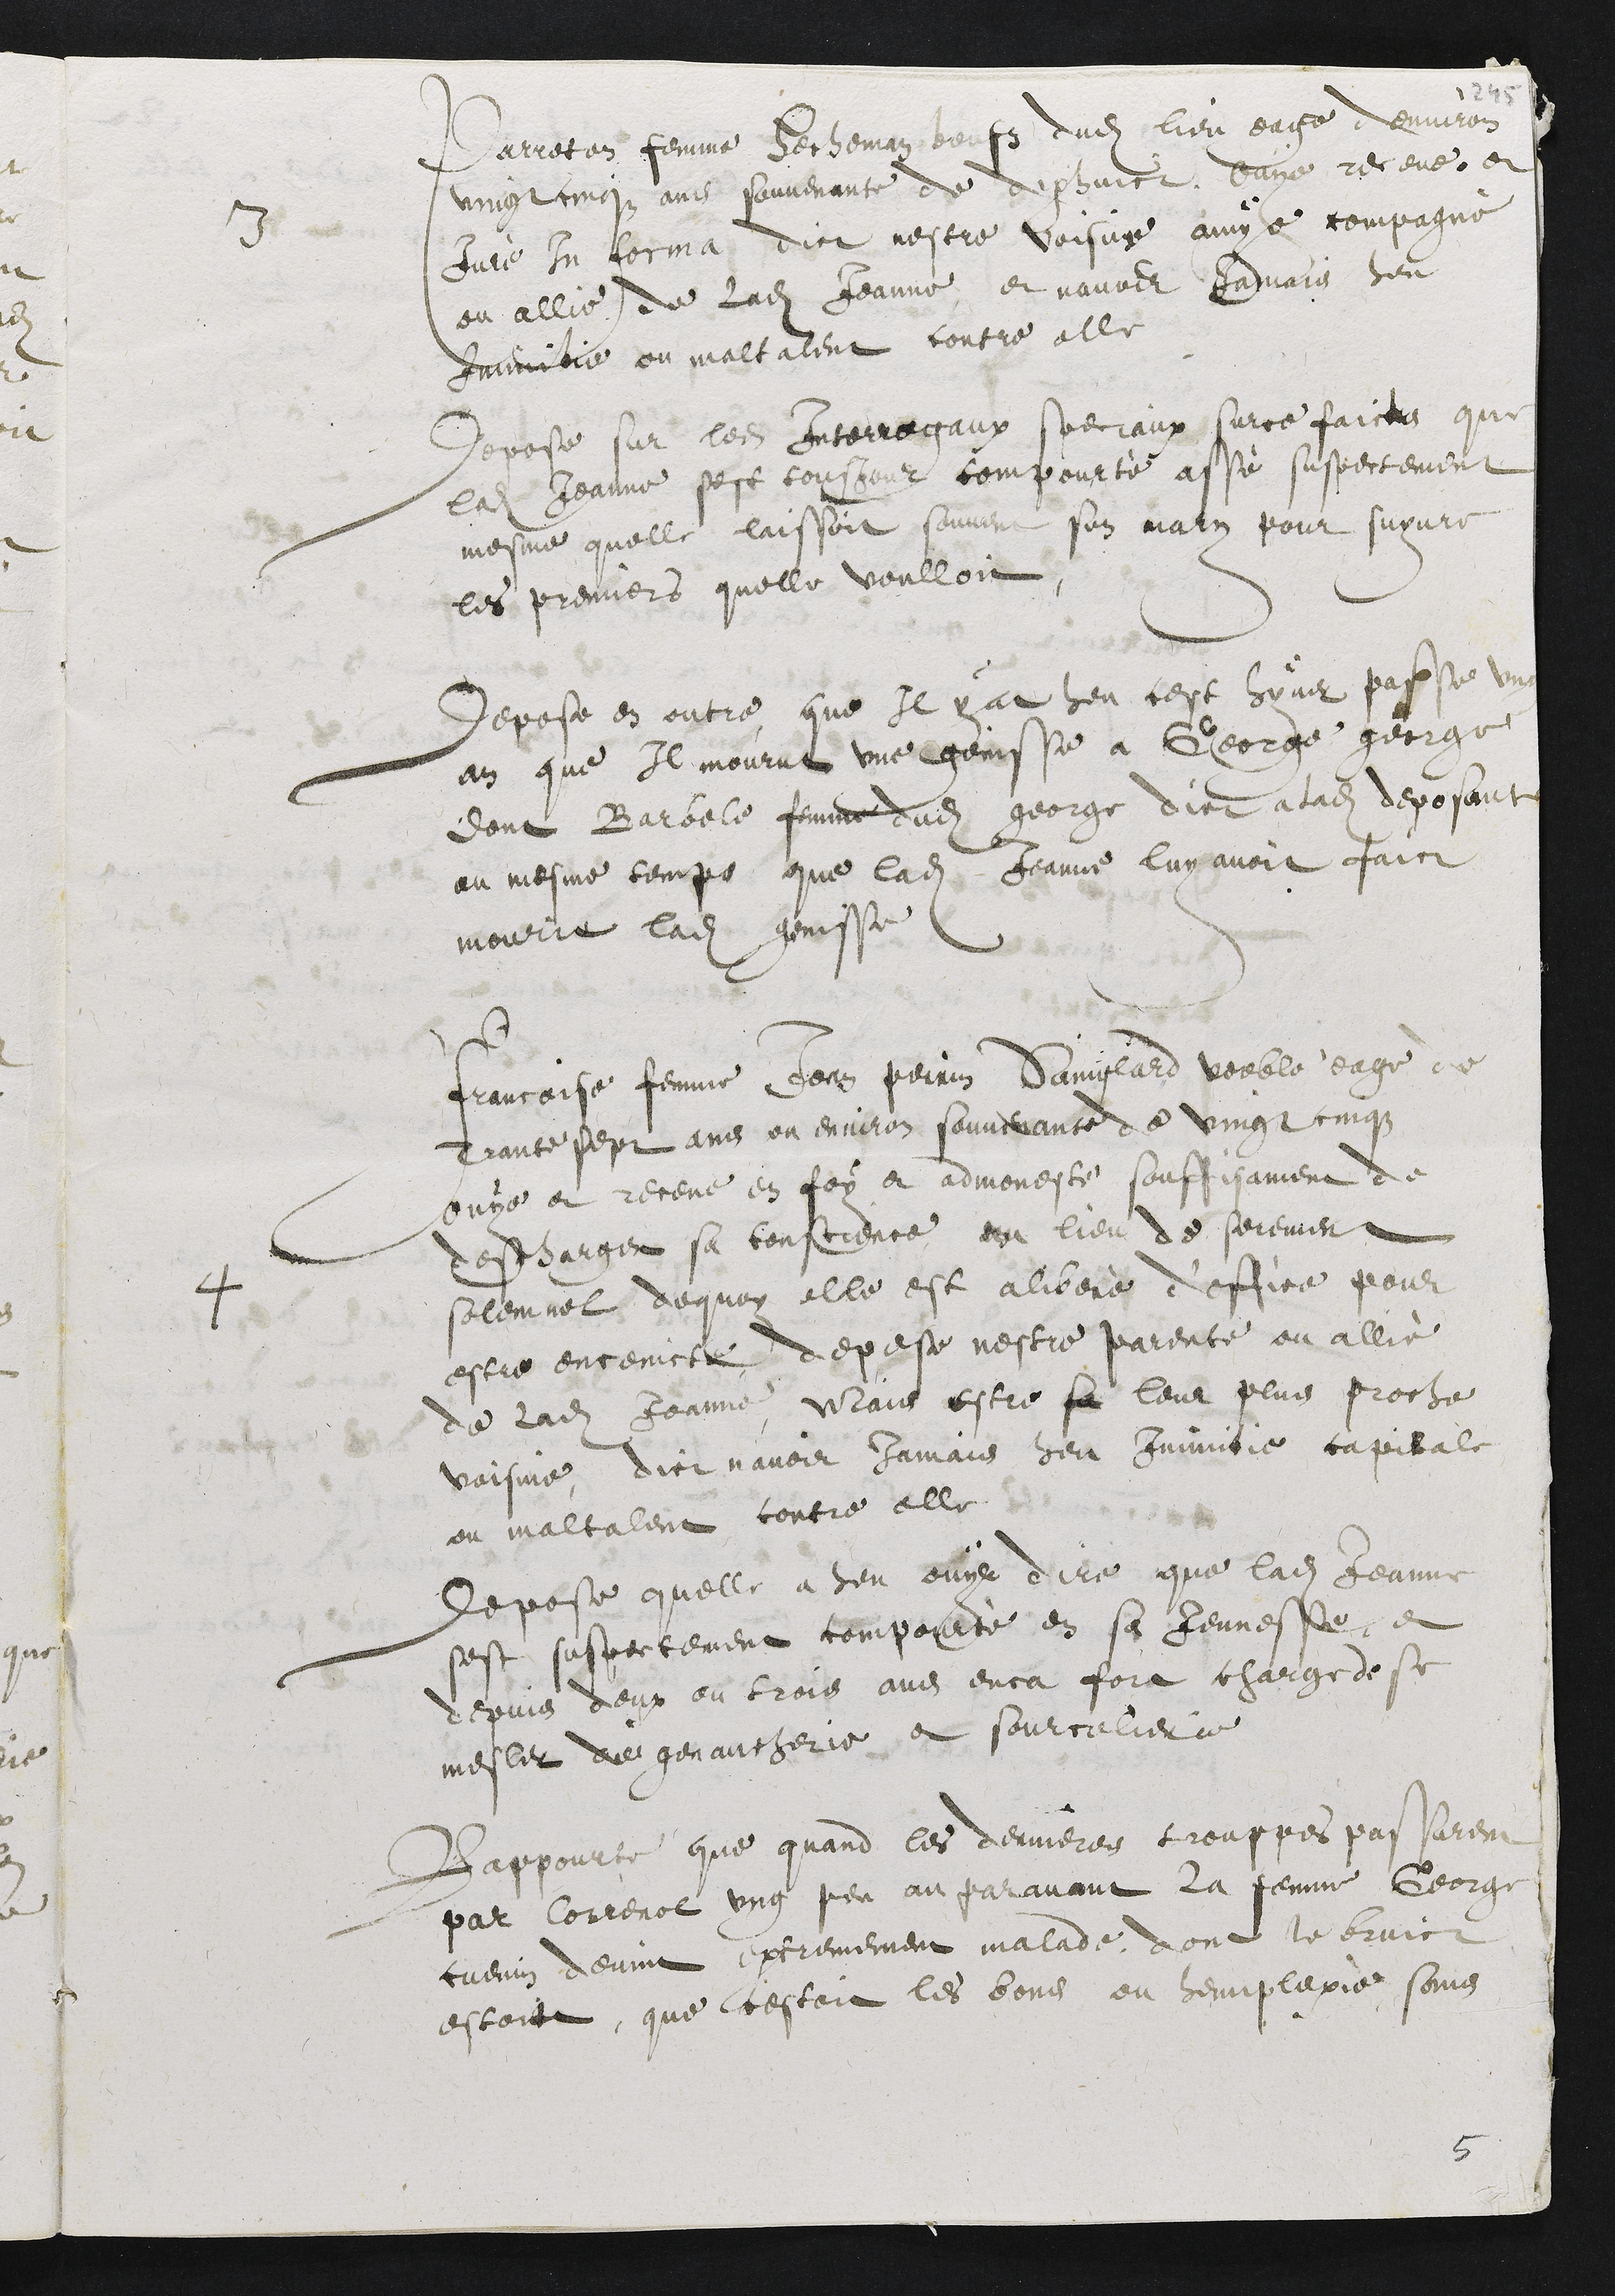
3
Parreton femme Hecheman beufz dudit lieu eage denviron
vingt cinqz ans souvenante de dixhuict, ouye receue, et
Juré In forma dict nestre voisine amye compagne,
ou allie de ladite Jeanne, et navoir jamais heu
Inimitie ou maltalent contre elle
depose sur les Interrogaux speciaux sur ce faicts que
ladite Jeanne sest tousjour compourté assé suspectement
mesme quelle laissoit souvent son mary pour suyvre
les premiers quelle voulloit
depose en outre, que il y at heu cest hyver passe ung
an que il mourut une genisse a George george
dont Barbele femme dudit george dict a ladite deposante
au mesme temps que ladite Jeanne luy avoit faict
mourir ladite genisse
4
Francoise femme Jean perrin Sainglard voeble eage de
trante sept ans ou environ souvenante de vingt cinqz
ouys et receue en foy et admonesté souffisament de
descharger sa conscience, en lieu de serement
solemnel, de quoy elle est aliberé d’office pour
estre enceincte depose nestre parente ou allié
de ladite Jeanne Mais estre sa leur plus proche
voisine, dict navoir jamais heu inimitie capitale
ou maltalent contre elle.
Depose quelle a heu ouyr dire que ladite Jeanne
sest suspectement compourté en sa jeunesse et
depuis deux ou trois ans enca fort charge de se
mesler de genaucherie et sourcelierie
Rappourte que quand les dernieres trouppes passarent
par Correnol ung peu au paravant la femme George
cuenin devint extremement malade, dont le bruict
estoit, que cestoit les bous ou hemiplexie, sans

5